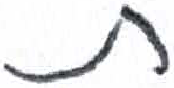
אות: ת